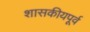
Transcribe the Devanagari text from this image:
शासकीयपूर्व